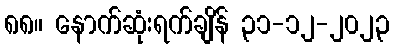
၈၈။ နောက်ဆုံးရက်ချိန် ၃၁-၁၂-၂၀၂၃